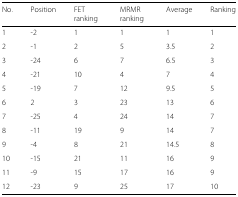
| No. | Position | FET ranking | MRMR ranking | Average | Ranking |
 | --- | --- | --- | --- | --- | --- |
 | 1 | -2 | 1 | 1 | 1 | 1 |
 | 2 | -1 | 2 | 5 | 3.5 | 2 |
 | 3 | -24 | 6 | 7 | 6.5 | 3 |
 | 4 | -21 | 10 | 4 | 7 | 4 |
 | 5 | -19 | 7 | 12 | 9.5 | 5 |
 | 6 | 2 | 3 | 23 | 13 | 6 |
 | 7 | -25 | 4 | 24 | 14 | 7 |
 | 8 | -11 | 19 | 9 | 14 | 7 |
 | 9 | -4 | 8 | 21 | 14.5 | 8 |
 | 10 | -15 | 21 | 11 | 16 | 9 |
 | 11 | -9 | 15 | 17 | 16 | 9 |
 | 12 | -23 | 9 | 25 | 17 | 10 |